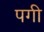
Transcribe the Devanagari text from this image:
पगी